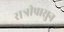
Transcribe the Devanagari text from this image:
रात्रीपासुन